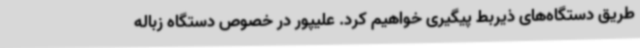
طریق دستگاه‌های ذیربط پیگیری خواهیم کرد. علیپور در خصوص دستگاه زباله